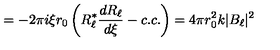
= - 2 \pi i \xi r _ { 0 } \left( R _ { \ell } ^ { \ast } { \frac { d R _ { \ell } } { d \xi } } - c . c . \right) = 4 \pi r _ { 0 } ^ { 2 } k | B _ { \ell } | ^ { 2 }